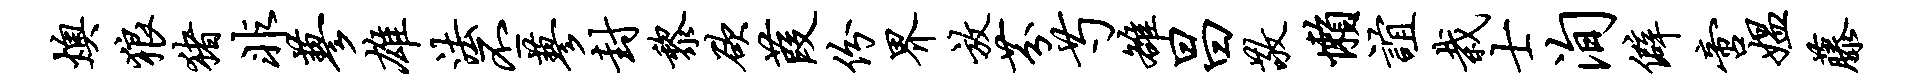
燠狼猪非蓼雄法丕蓼封黎欲葭份界放芬芍雒昌敬懒谊栽士洵僻啻媪藤